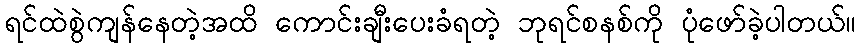
ရင်ထဲစွဲကျန်နေတဲ့အထိ ကောင်းချီးပေးခံရတဲ့ ဘုရင်စနစ်ကို ပုံဖော်ခဲ့ပါတယ်။